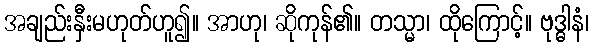
အချည်းနှီးမဟုတ်ဟူ၍။ အာဟု၊ ဆိုကုန်၏။ တသ္မာ၊ ထိုကြောင့်။ ဗုဒ္ဓါနံ၊